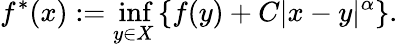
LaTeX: f^{*}(x):=\operatorname*{inf}_{y\in X}\left\{ f(y)+C|x-y|^{\alpha}\right\} .